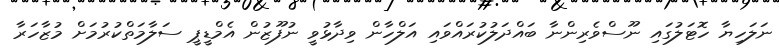
ނަލަހިޔާ ހޮޓަލުގައި ނޫސްވެރިންނާ ބައްދަލުކުރައްވައި އަލްހާން ވިދާޅުވީ ނުފޫޒުން އެމްޑީޕީ ސަލާމަތްކުރުމަށް މުޒާހަރާ